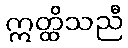
ဣတ္ထိသညီ